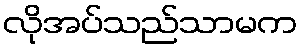
လိုအပ်သည်သာမက